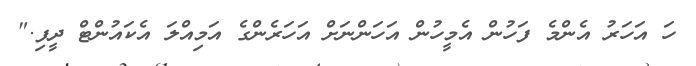
ހަ އަހަރު އެންމެ ފަހުން އެމީހުން އަހަންނަށް އަހަރެންގެ އަމިއްލަ އެކައުންޓް ދީފި."